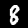
Digit: 8